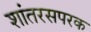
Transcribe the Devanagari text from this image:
शांतरसपरक